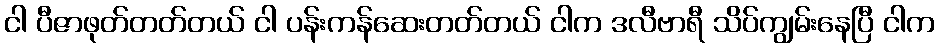
ငါ ပီဇာဖုတ်တတ်တယ် ငါ ပန်းကန်ဆေးတတ်တယ် ငါက ဒလီဗာရီ သိပ်ကျွမ်းနေပြီ ငါက